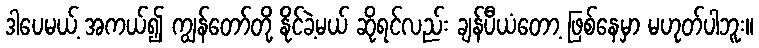
ဒါပေမယ့် အကယ်၍ ကျွန်တော်တို့ နိုင်ခဲ့မယ် ဆိုရင်လည်း ချန်ပီယံတော့ ဖြစ်နေမှာ မဟုတ်ပါဘူး။